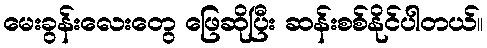
မေးခွန်းလေးတွေ ဖြေဆိုပြီး ဆန်းစစ်နိုင်ပါတယ်။